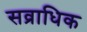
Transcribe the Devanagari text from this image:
सव्राधिक